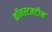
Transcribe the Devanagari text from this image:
कॉनस्टनटीन